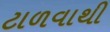
ટાળવાથી